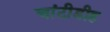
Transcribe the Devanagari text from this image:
चांटीडीह